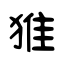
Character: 猚